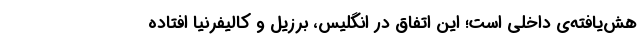
هش‌یافته‌ی داخلی است؛ این اتفاق در انگلیس، برزیل و کالیفرنیا افتاده